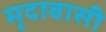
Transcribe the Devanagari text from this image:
मृदावासी